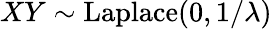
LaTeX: XY\sim{\textrm{Laplace}}(0,1/\lambda)